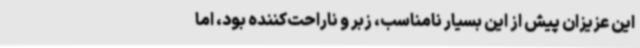
این عزیزان پیش از این بسیار نامناسب، زبر و ناراحت‌کننده بود، اما